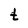
Character: t